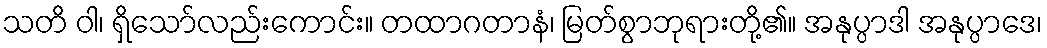
သတိ ဝါ၊ ရှိသော်လည်းကောင်း။ တထာဂတာနံ၊ မြတ်စွာဘုရားတို့၏။ အနုပ္ပာဒါ အနုပ္ပာဒေ၊